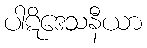
ပါဋိဒေသနီယာ